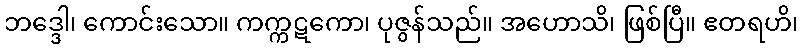
ဘဒ္ဒေါ၊ ကောင်းသော။ ကက္ကဋကော၊ ပုဇွန်သည်။ အဟောသိ၊ ဖြစ်ပြီ။ ဧတရဟိ၊